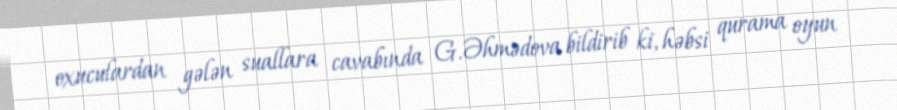
oxuculardan gələn suallara cavabında G.Əhmədova bildirib ki, həbsi qurama oyun